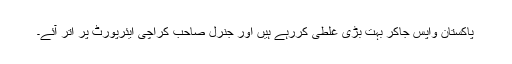
پاکستان واپس جاکر بہت بڑی غلطی کررہے ہیں اور جنرل صاحب کراچی ایئرپورٹ پر اُتر آئے۔